School broadcasting, 1936
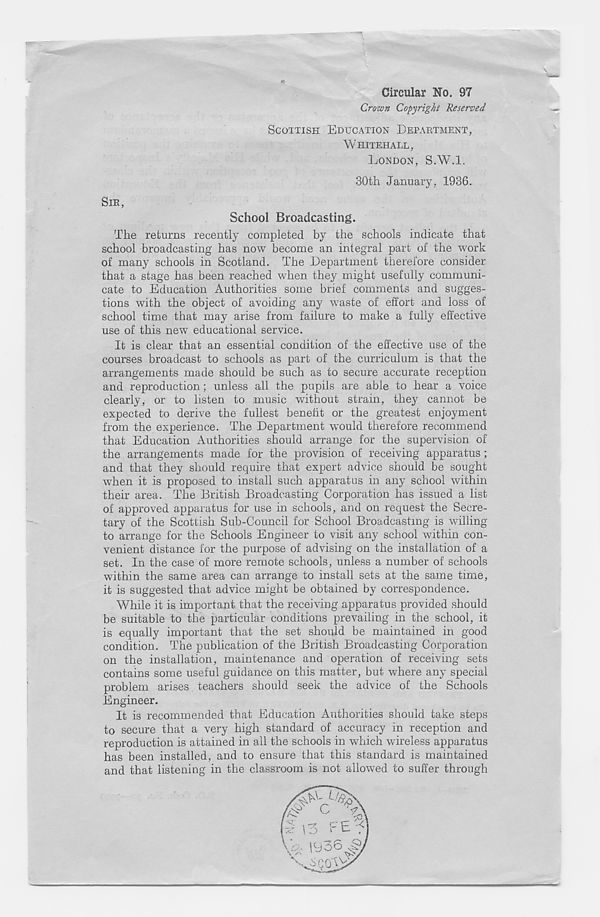
Circular No. 97
Crown Copyright Reserved
SCOTTISH EDUCATION DEPARTMENT,
WHITEHALL,
LONDON, S.W.l.
30th January, 1936.
SIR,
School Broadcasting.
The returns recently completed by the schools indicate that
school broadcasting has now become an integral part of the work
of many schools in Scotland. The Department therefore consider
that a stage has been reached when they might usefully communi-
cate to Education Authorities some brief comments and sugges-
tions with the object of avoiding any waste of effort and loss of
school time that may arise from failure to make a fully effective
use of this new educational service.
It is clear that an essential condition of the effective use of the
courses broadcast to schools as part of the curriculum is that the
arrangements made should be such as to secure accurate reception
and reproduction; unless all the pupils are able to hear a voice
clearly, or to listen to music without strain, they cannot be
expected to derive the fullest benefit or the greatest enjoyment
from the experience. The Department would therefore recommend
that Education Authorities should arrange for the supervision of
the arrangements made for the provision of receiving apparatus;
and that they should require that expert advice should be sought
when it is proposed to install such apparatus in any school within
their area. The British Broadcasting Corporation has issued a list
of approved apparatus for use in schools, and on request the Secre-
tary of the Scottish Sub-Council for School Broadcasting is willing
to arrange for the Schools Engineer to visit any school within con-
venient distance for the purpose of advising on the installation of a
set. In the case of more remote schools, unless a number of schools
within the same area can arrange to install sets at the same time,
it is suggested that advice might be obtained by correspondence.
While it is important that the receiving apparatus provided should
be suitable to the particular conditions prevailing in the school, it
is equally important that the set should be maintained in good
condition. The publication of the British Broadcasting Corporation
on the installation, maintenance and operation of receiving sets
contains some useful guidance on this matter, but where any special
problem arises teachers should seek the advice of the Schools
Engineer.
It is recommended that Education Authorities should take steps
to secure that a very high standard of accuracy in reception and
reproduction is attained in all the schools in which wireless apparatus
has been installed, and to ensure that this standard is maintained
and that listening in the classroom is not allowed to suffer through